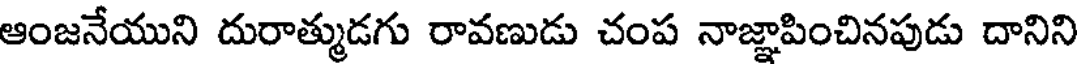
ఆంజనేయుని దురాత్ముడగు రావణుడు చంప నాజ్ఞాపించినపుడు దానిని